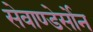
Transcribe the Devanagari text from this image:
सेवाण्डेर्सोन